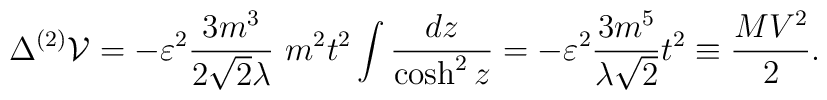
\Delta^{(2)} {\cal V} = - \varepsilon ^2 \frac{3 m^3}{2 {\sqrt {2}} \lambda}~ m^2 t^2  \int \frac{dz}{\cosh^2 z} = - \varepsilon ^2\frac {3 m^5} {\lambda {\sqrt 2}} t^2 \equiv \frac {M V^2}{2}.